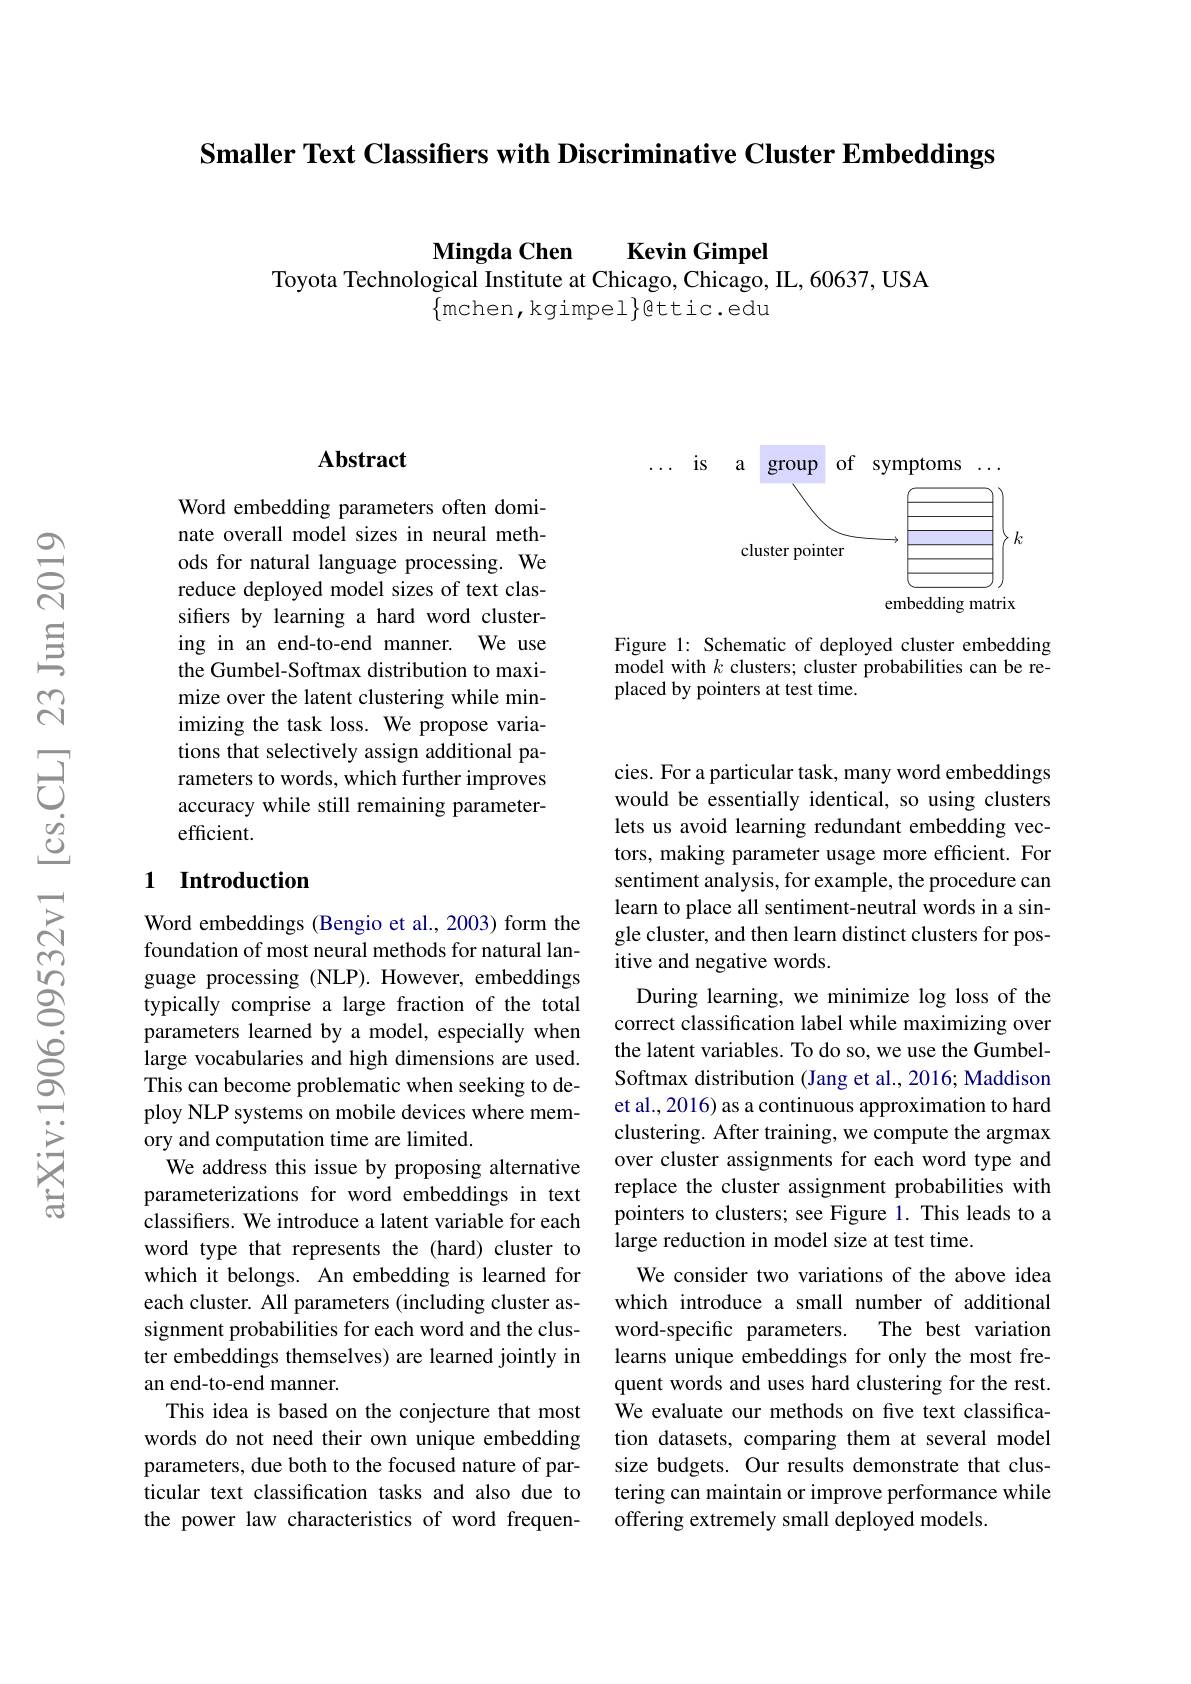
Smaller Text Classifiers with Discriminative Cluster Embeddings

Mingda Chen Kevin Gimpel
Toyota Technological Institute at Chicago, Chicago, IL, 60637, USA
$\{$mchen,kgimpel$\}$bttic.edu

## Abstract

Word embedding parameters often dominate overall model sizes in neural methods for natural language processing. We reduce deployed model sizes of text classifiers by learning a hard word clustering in an end-to-end manner. We use the Gumbel-Softmax distribution to maximize over the latent clustering while minimizing the task loss. We propose variations that selectively assign additional parameters to words, which further improves accuracy while still remaining parameterefficient.

## 1 Introduction

Word embeddings (Bengio et al., 2003) form the foundation of most neural methods for natural language processing (NLP). However, embeddings typically comprise a large fraction of the total parameters learned by a model, especially when large vocabularies and high dimensions are used. This can become problematic when seeking to deploy NLP systems on mobile devices where memory and computation time are limited.
We address this issue by proposing alternative parameterizations for word embeddings in text classifers. We introduce a latent variable for each word type that represents the (hard) cluster to which it belongs. An embedding is learned for each cluster. All parameters (including cluster assignment probabilities for each word and the cluster embeddings themselves) are learned jointly in an end-to-end manner.
This idea is based on the conjecture that most words do not need their own unique embedding parameters, due both to the focused nature of particular text classification tasks and also due to the power law characteristics of word frequen-

<FigureHere>

Figure 1: Schematic of deployed cluster embedding model with $k$ clusters; cluster probabilities can be replaced by pointers at test time.

cies. For a particular task, many word embeddings would be essentially identical, so using clusters lets us avoid learning redundant embedding vectors, making parameter usage more efficient. For sentiment analysis, for example, the procedure can learn to place all sentiment-neutral words in a single cluster, and then learn distinct clusters for positive and negative words.
During learning, we minimize log loss of the correct classification label while maximizing over the latent variables. To do so, we use the GumbelSoftmax distribution (Jang et al., 2016; Maddison et al., 2016) as a continuous approximation to hard clustering. After training, we compute the argmax over cluster assignments for each word type and replace the cluster assignment probabilities with pointers to clusters; see Figure 1. This leads to a large reduction in model size at test time.
We consider two variations of the above idea which introduce a small number of additional
The best variation
word-specific parameters.
learns unique embeddings for only the most frequent words and uses hard clustering for the rest. We evaluate our methods on five text classification datasets, comparing them at several model size budgets. Our results demonstrate that clustering can maintain or improve performance while offering extremely small deployed models